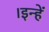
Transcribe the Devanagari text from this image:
।इन्हें